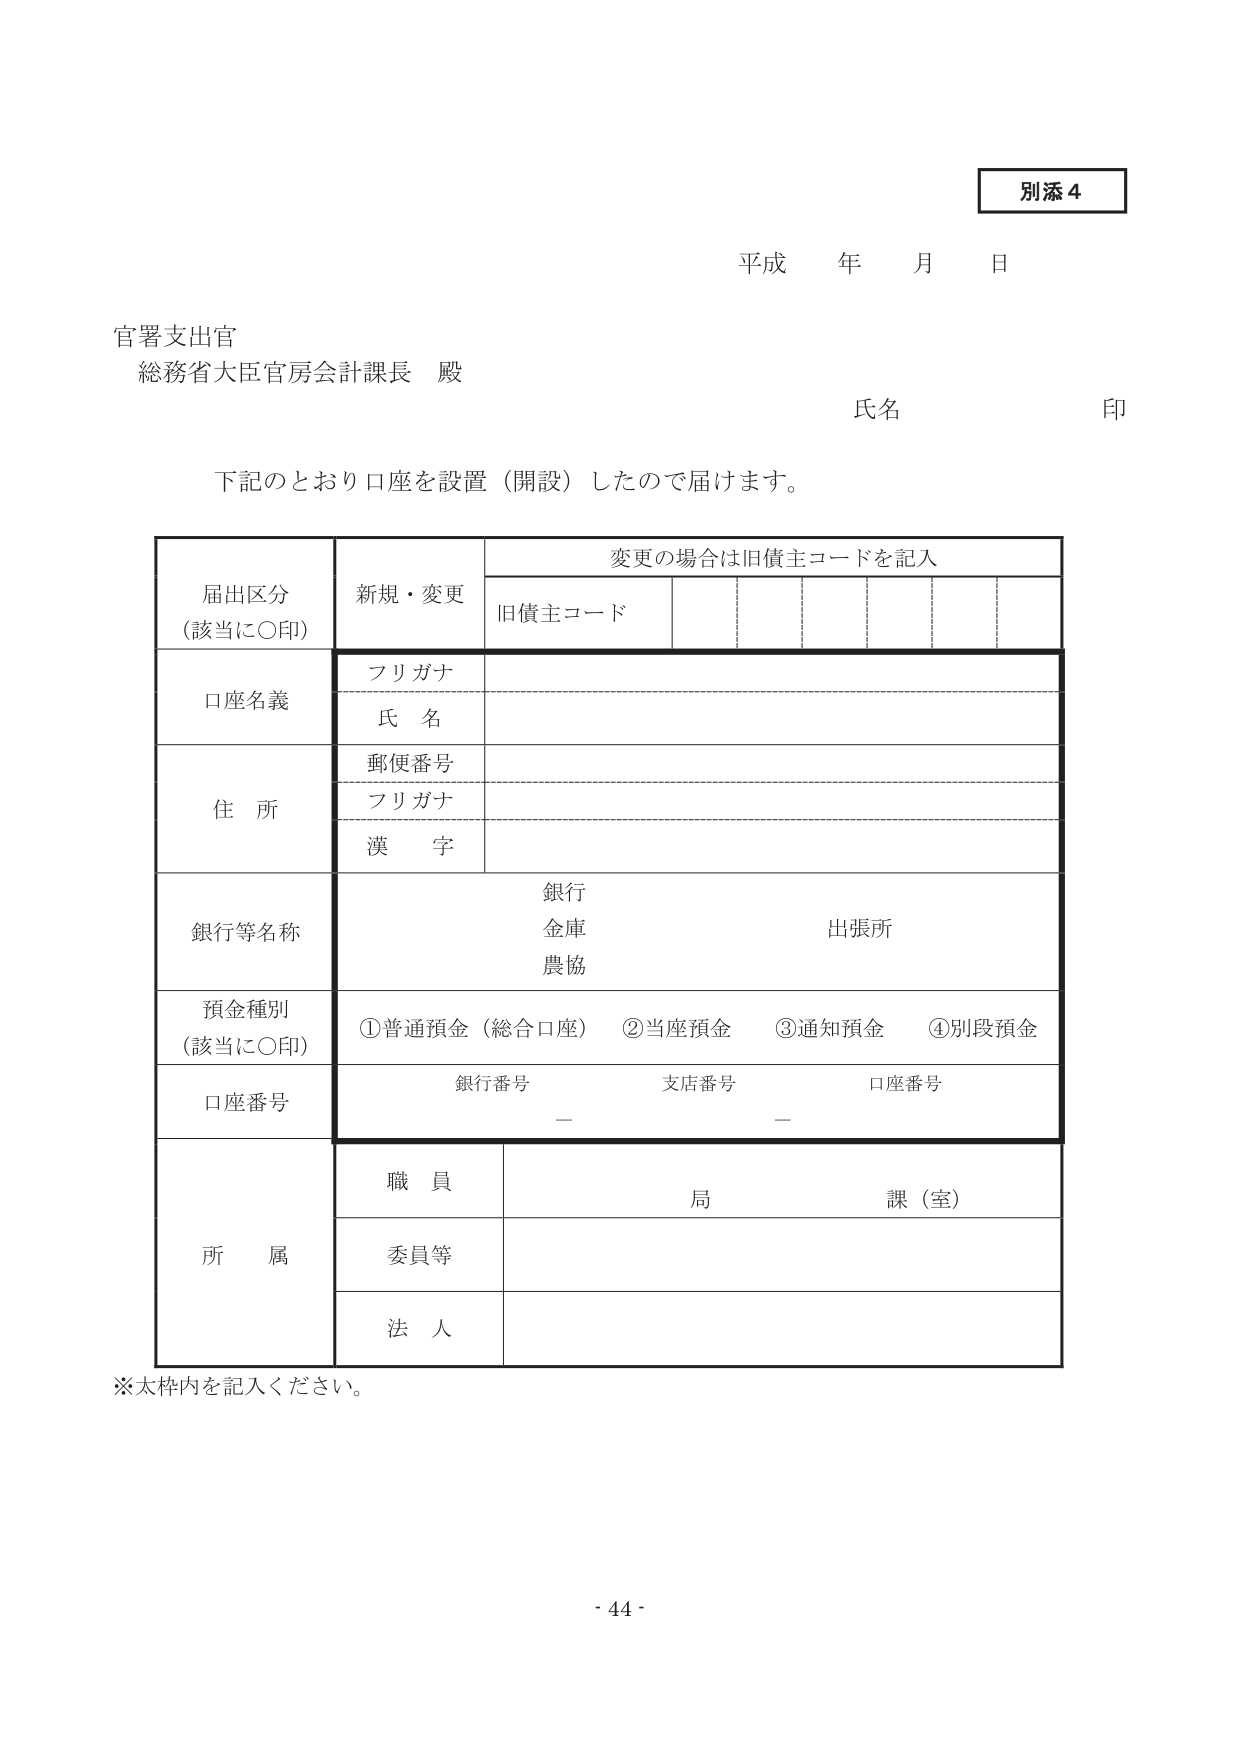
別添４

平成 年 月 日

官署支出官
総務省大臣官房会計課長 殿

氏名 印

下記のとおり口座を設置（開設）したので届けます。

変更の場合は旧債主コードを記入

届出区分
（該当に○印） 新規・変更 旧債主コード

口座名義
フリガナ
氏 名

住 所
郵便番号
フリガナ
漢 字

銀行等名称
銀行
金庫
農協
出張所

預金種別
（該当に○印）
①普通預金（総合口座） ②当座預金 ③通知預金 ④別段預金

口座番号
銀行番号 — 支店番号 — 口座番号

所 属
職 員 局 課（室）
委員等
法 人

※太枠内を記入ください。

- 44 -